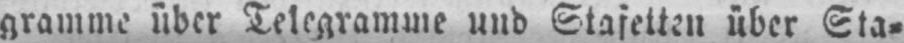
gramme über Telegramme und Stafetten über Sta⸗